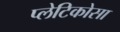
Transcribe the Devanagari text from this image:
प्लेटिकोसा